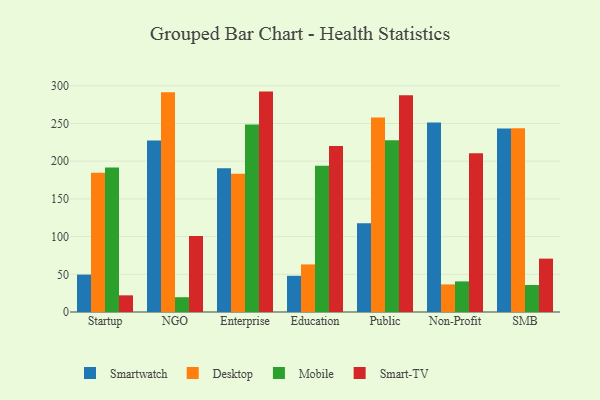
{"axis": {"x": "Segment", "y": "Tickets Resolved"}, "legend": ["Desktop", "Mobile", "Smart-TV", "Smartwatch"], "data": [{"x": "Startup", "y": 49.6, "type": "Smartwatch"}, {"x": "Startup", "y": 184.6, "type": "Desktop"}, {"x": "Startup", "y": 191.7, "type": "Mobile"}, {"x": "Startup", "y": 22.1, "type": "Smart-TV"}, {"x": "NGO", "y": 227.4, "type": "Smartwatch"}, {"x": "NGO", "y": 291.5, "type": "Desktop"}, {"x": "NGO", "y": 19.6, "type": "Mobile"}, {"x": "NGO", "y": 100.8, "type": "Smart-TV"}, {"x": "Enterprise", "y": 190.7, "type": "Smartwatch"}, {"x": "Enterprise", "y": 183.3, "type": "Desktop"}, {"x": "Enterprise", "y": 248.6, "type": "Mobile"}, {"x": "Enterprise", "y": 292.3, "type": "Smart-TV"}, {"x": "Education", "y": 48.0, "type": "Smartwatch"}, {"x": "Education", "y": 63.1, "type": "Desktop"}, {"x": "Education", "y": 194.1, "type": "Mobile"}, {"x": "Education", "y": 220.3, "type": "Smart-TV"}, {"x": "Public", "y": 117.6, "type": "Smartwatch"}, {"x": "Public", "y": 257.9, "type": "Desktop"}, {"x": "Public", "y": 227.8, "type": "Mobile"}, {"x": "Public", "y": 287.6, "type": "Smart-TV"}, {"x": "Non-Profit", "y": 251.2, "type": "Smartwatch"}, {"x": "Non-Profit", "y": 36.6, "type": "Desktop"}, {"x": "Non-Profit", "y": 40.6, "type": "Mobile"}, {"x": "Non-Profit", "y": 210.6, "type": "Smart-TV"}, {"x": "SMB", "y": 243.3, "type": "Smartwatch"}, {"x": "SMB", "y": 243.7, "type": "Desktop"}, {"x": "SMB", "y": 35.8, "type": "Mobile"}, {"x": "SMB", "y": 70.8, "type": "Smart-TV"}]}